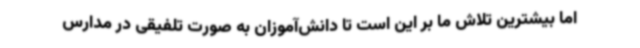
اما بیشترین تلاش ما بر این است تا دانش‌آموزان به صورت تلفیقی در مدارس